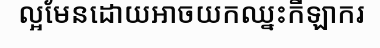
ល្អមែនដោយអាចយកឈ្នះកីឡាករ